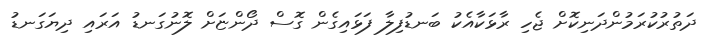
ދަތުރުކުރަމުންދަނިކޮށް ޖެހި ރާޅަކާއެކު ބަނޑުފިލާ ފަޅައިގެން ގޮސް ދޯންޏަށް ލޮނުގަނޑު އަރައި ދިޔަގަނޑު